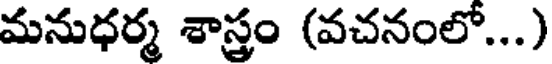
మనుధర్మ శాస్త్రం (వచనంలో...)